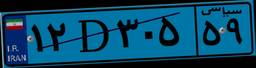
۱۲D۳۰۵۵۹